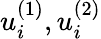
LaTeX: u_{i}^{(1)},u_{i}^{(2)}